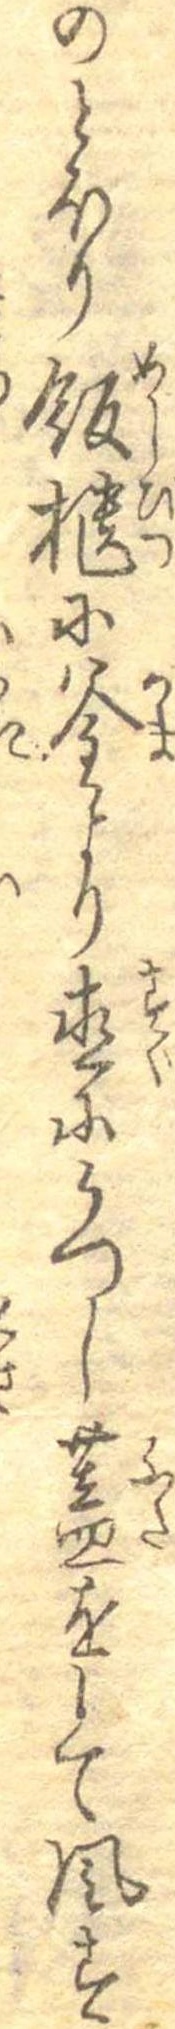
のとほり飯櫃に釜より直にうつし蓋をして風す